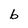
Character: b